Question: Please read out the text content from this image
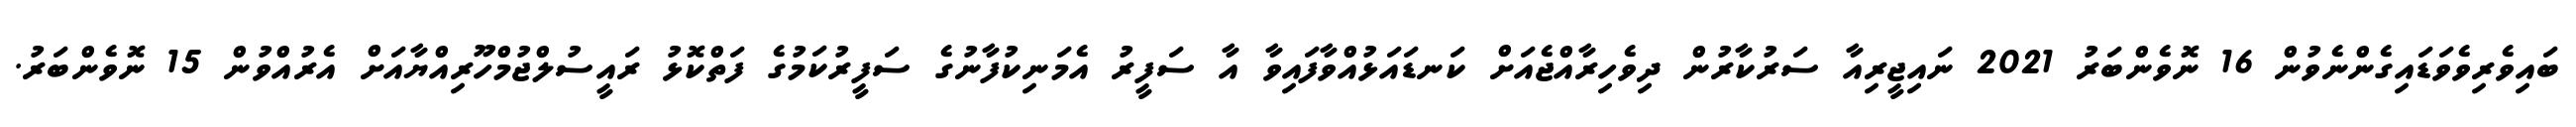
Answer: ބައިވެރިވެވަޑައިގެންނެވުން 16 ނޮވެންބަރު 2021 ނައިޖީރިއާ ސަރުކާރުން ދިވެހިރާއްޖެއަށް ކަނޑައަޅުއްވާފައިވާ އާ ސަފީރު އެމަނިކުފާނުގެ ސަފީރުކަމުގެ ފަތްކޮޅު ރައީސުލްޖުމްހޫރިއްޔާއަށް އެރުއްވުން 15 ނޮވެންބަރު.